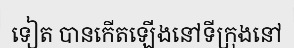
ទៀត បានកើតឡើងនៅទីក្រុងនៅ